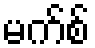
မက်စ်